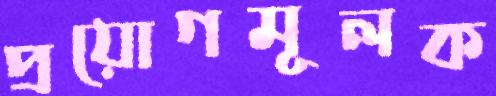
প্রয়োগমূলক